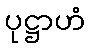
ပုဋ္ဌာဟံ